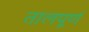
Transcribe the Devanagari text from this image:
तालपूर्ण